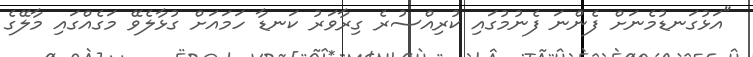
"އަޅުގަނޑުމެނަށް ފެންނަ ފެނުމުގައި ކުރިއްސުރެ ގިރާވަރު ކަނޑާ ހަމައަށް ގުޅާލެވޭ މަގެއްގައި މާލޭގެ